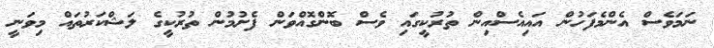
ނަމަވެސް އެންމެފަހުން އައިއެސްއިން ތުުރުކީގައި ވެސް ބޮންގޮއްވަން ފެށުމުން ތުރުކީގެ ލަޝްކަރުތައް މިވަނީ